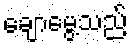
ချောမွေ့သည်